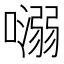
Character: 𡀡